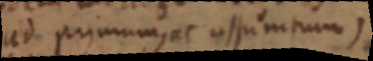
ad primum, ac assumtum,